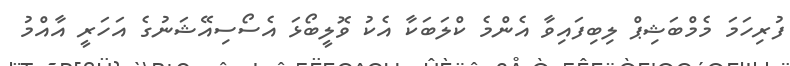
ފުރިހަމަ މެމްބަޝިޕް ލިބިފައިވާ އެންމެ ކްލަބަކާ އެކު ވޮލީބޯޅަ އެސޯސިއޭޝަނުގެ އަހަރީ އާއްމު